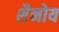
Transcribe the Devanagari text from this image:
शैनोय